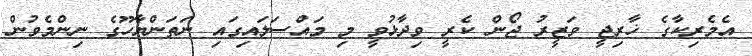
އެމެރިކާގެ ޚާރިޖީ ވަޒީރު ޖޯން ކެރީ ވިދާޅުވީ މި މައްސަލައިގައި ނަތަންޔާހޫގެ ނިންމެވުން